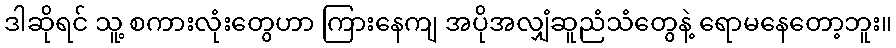
ဒါဆိုရင် သူ့ စကားလုံးတွေဟာ ကြားနေကျ အပိုအလျှံဆူညံသံတွေနဲ့ ရောမနေတော့ဘူး။